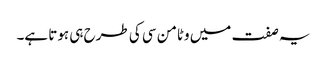
یہ صفت میں وٹامن سی کی طرح ہی ہوتا ہے۔